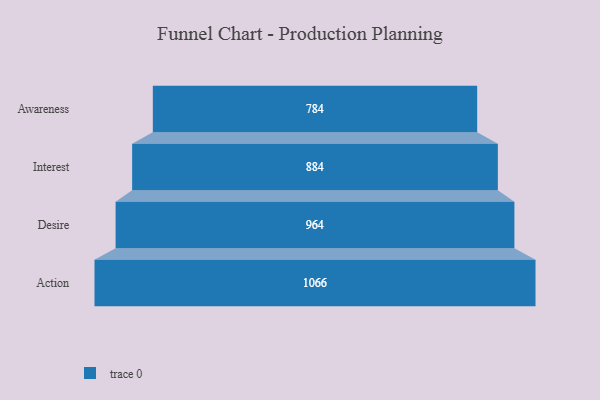
{"axis": {"x": "Stage", "y": "Value"}, "legend": [""], "data": [{"x": "Awareness", "y": 784.0, "type": ""}, {"x": "Interest", "y": 884.0, "type": ""}, {"x": "Desire", "y": 964.0, "type": ""}, {"x": "Action", "y": 1066.0, "type": ""}]}